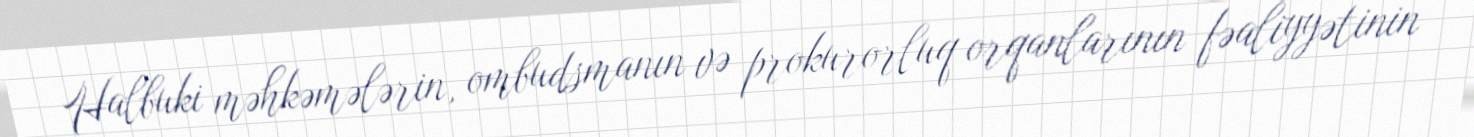
Halbuki məhkəmələrin, ombudsmanın və prokurorluq orqanlarının fəaliyyətinin